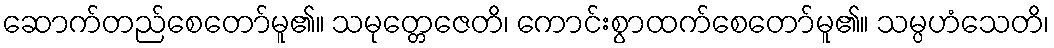
ဆောက်တည်စေတော်မူ၏။ သမုတ္တေဇေတိ၊ ကောင်းစွာထက်စေတော်မူ၏။ သမ္ပဟံသေတိ၊